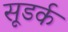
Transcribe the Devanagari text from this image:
सूडर्क